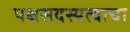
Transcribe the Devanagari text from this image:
पक्षसदस्यत्वाचा